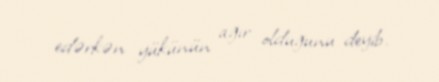
edərkən yükünün ağır olduğunu deyib.